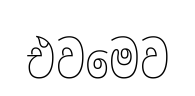
එවමෙව